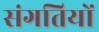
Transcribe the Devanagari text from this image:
संगतियों